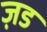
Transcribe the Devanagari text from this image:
ज़ड